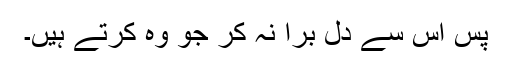
پس اُس سے دل بُرا نہ کر جو وہ کرتے ہیں۔